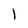
Character: l